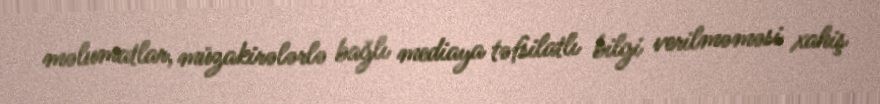
məlumatlar, müzakirələrlə bağlı mediaya təfsilatlı bilgi verilməməsi xahiş